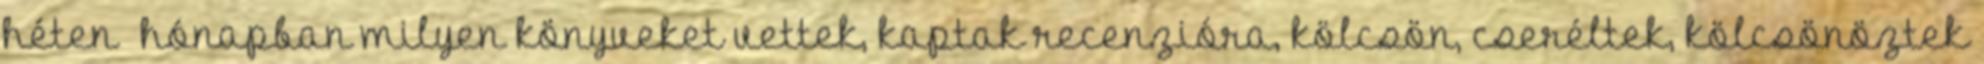
héten hónapban milyen könyveket vettek, kaptak recenzióra, kölcsön, cseréltek, kölcsönöztek